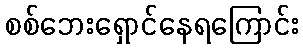
စစ်ဘေးရှောင်နေရကြောင်း